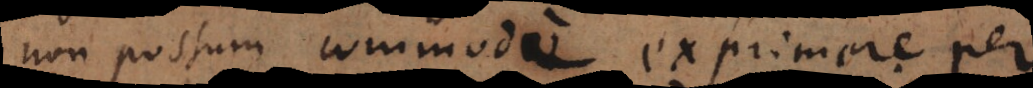
non possum commode exprimere per